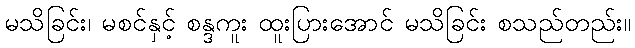
မသိခြင်း၊ မစင်နှင့် စန္ဒကူး ထူးပြားအောင် မသိခြင်း စသည်တည်း။